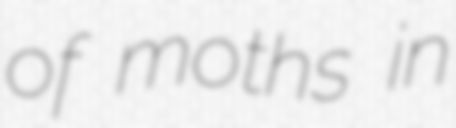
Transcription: of moths in